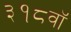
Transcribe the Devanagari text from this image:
३१८वॉ